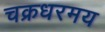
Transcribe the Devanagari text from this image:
चक्रधरमय